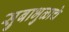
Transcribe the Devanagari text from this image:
सुबाभुळाचे